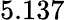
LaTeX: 5.137